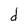
Character: d